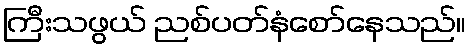
ကြီးသဖွယ် ညစ်ပတ်နံစော်နေသည်။